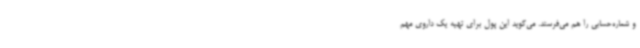
و شماره‌حسابی را هم می‌فرستد. می‌گوید این پول برای تهیه یک داروی مهم